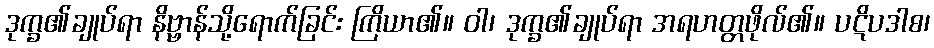
ဒုက္ခ၏ချုပ်ရာ နိဗ္ဗာန်သို့ရောက်ခြင်း ကြိယာ၏။ ဝါ၊ ဒုက္ခ၏ချုပ်ရာ အရဟတ္တဖိုလ်၏။ ပဋိပဒါစ၊